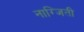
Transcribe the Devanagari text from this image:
नाग्जिती